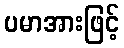
ပမာအားဖြင့်